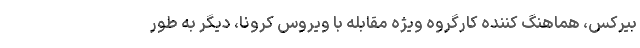
بیرکس، هماهنگ کننده کارگروه ویژه مقابله با ویروس کرونا، دیگر به طور